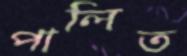
পালিত